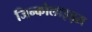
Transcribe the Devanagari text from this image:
जिन्कोलाइड्स